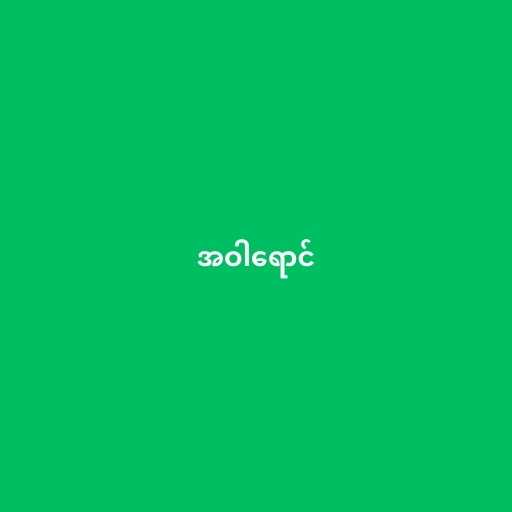
အဝါရောင်